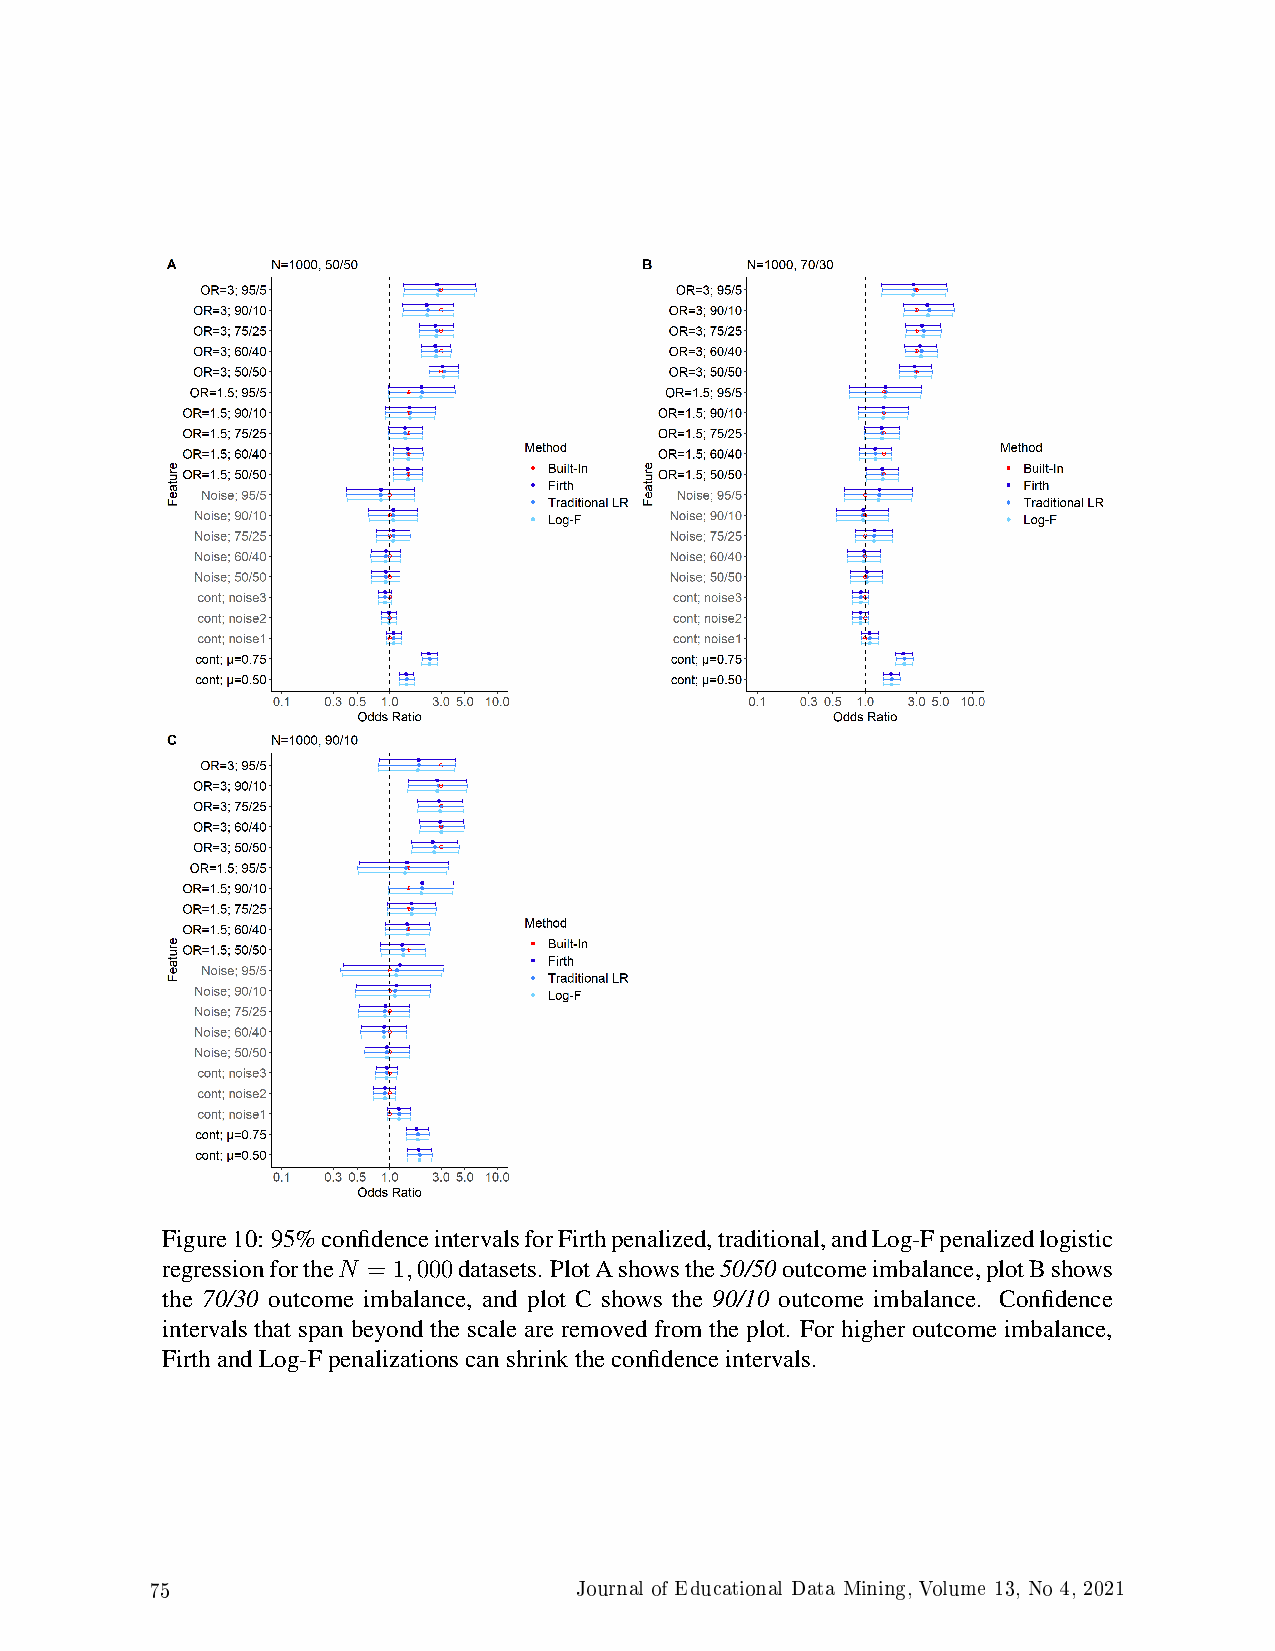
Figure10: 95%confidenceintervalsforFirthpenalized,traditional,andLog-Fpenalizedlogistic
 regressionfortheN = 1,000datasets. PlotAshowsthe50/50outcomeimbalance,plotBshows
 the 70/30 outcome imbalance, and plot C shows the 90/10 outcome imbalance. Confidence
 intervals that span beyond the scale are removed from the plot. For higher outcome imbalance,
 FirthandLog-Fpenalizationscanshrinktheconfidenceintervals.
 75                          Journal of Educational Data Mining, Volume 13, No 4, 2021